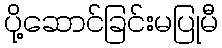
ပို့ဆောင်ခြင်းမပြုမီ